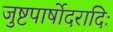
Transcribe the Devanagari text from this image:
जुष्टपार्षोदरादिः